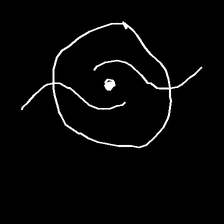
Glyph: repetition